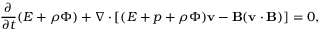
\frac { \partial } { \partial t } ( E + \rho \Phi ) + \nabla \cdot [ ( E + p + \rho \Phi ) \mathbf { v } - \mathbf { B } ( \mathbf { v } \cdot \mathbf { B } ) ] = 0 ,